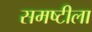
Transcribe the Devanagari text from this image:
समष्टीला